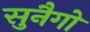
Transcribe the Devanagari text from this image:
सुनैगो